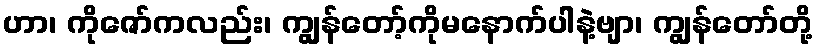
ဟာ၊ ကိုဇော်ကလည်း၊ ကျွန်တော့်ကိုမနောက်ပါနဲ့ဗျာ၊ ကျွန်တော်တို့